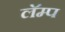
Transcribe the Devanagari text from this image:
लॅम्प